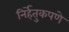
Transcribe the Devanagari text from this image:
निर्हेतुकपणे